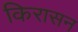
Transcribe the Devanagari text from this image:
किरासन